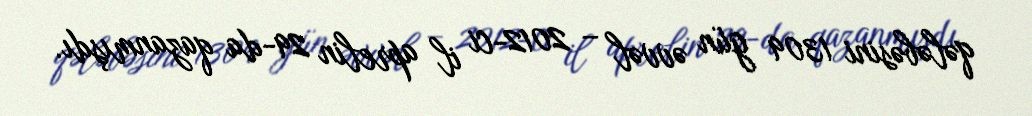
qələbəsini 1309 gün əvvəl – 2012-ci il aprelin 29-da qazanmışdı.